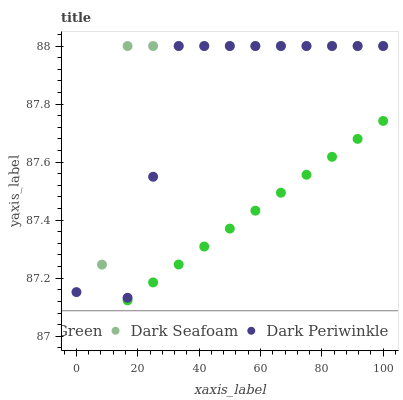
| xaxis_label | Lime Green | Dark Seafoam | Dark Periwinkle |
 | --- | --- | --- | --- |
 | 0 | 87 | 87 | 87.2 |
 | 8.33 | 87.1 | 87.2 | 87 |
 | 16.7 | 87.1 | 88 | 87.1 |
 | 25 | 87.2 | 88 | 87.5 |
 | 33.3 | 87.2 | 88 | 88 |
 | 41.7 | 87.3 | 88 | 88 |
 | 50 | 87.4 | 88 | 88 |
 | 58.3 | 87.4 | 88 | 88 |
 | 66.7 | 87.5 | 88 | 88 |
 | 75 | 87.6 | 88 | 88 |
 | 83.3 | 87.6 | 88 | 88 |
 | 91.7 | 87.7 | 88 | 88 |
 | 100 | 87.7 | 88 | 88 |